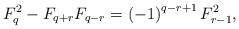
LaTeX: \begin{align*}F_{q}^{2}-F_{q+r}F_{q-r}=\left(-1\right)^{q-r+1}F_{r-1}^{2},\end{align*}